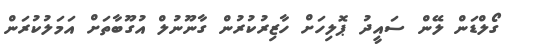
ގޯލްޑަން ލޭން ސައީދު ޕޮލިހަށް ހާޒިރުކުރުން ގާނޫނުލް އުގޫބާތަށް އަމަލުކުރަން